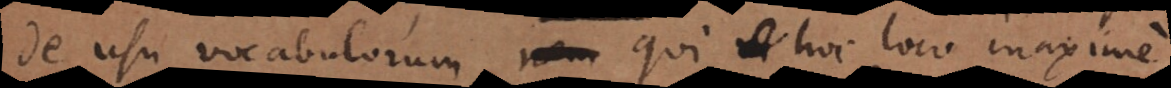
de usu vocabulorum, qui hoc loco maxime